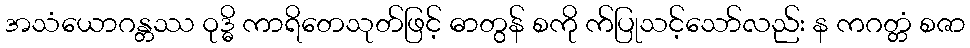
အသံယောဂန္တဿ ဝုဒ္ဓိ ကာရိတေသုတ်ဖြင့် ဓာတွန် စကို က်ပြုသင့်သော်လည်း န ကဂတ္တံ စဇာ